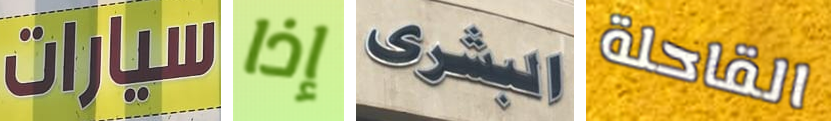
سيارات إذا البشرى القاحلة